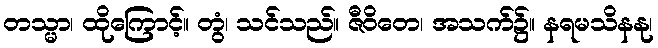
တသ္မာ၊ ထိုကြောင့်။ တွံ၊ သင်သည်။ ဇီဝိတေ၊ အသက်၌။ နရမသိနနု၊